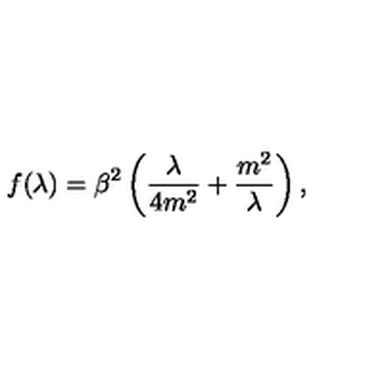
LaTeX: f ( \lambda ) = \beta ^ { 2 } \left( \frac { \lambda } { 4 m ^ { 2 } } + \frac { m ^ { 2 } } { \lambda } \right) ,